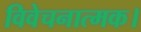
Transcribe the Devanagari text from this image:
विवेचनात्मक।